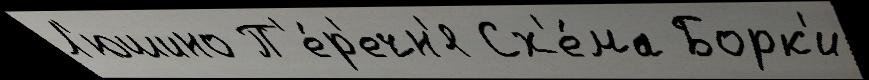
Л'юшино П'е́р'ечн'я Сх'е́ма Борк'и